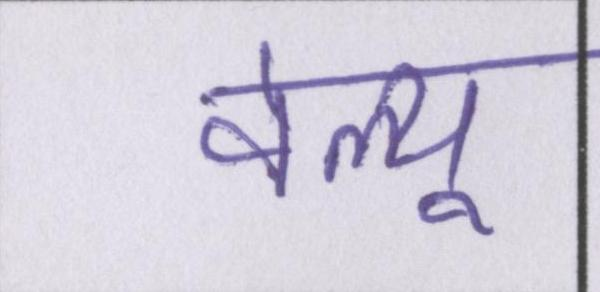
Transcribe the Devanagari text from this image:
वेल्यू